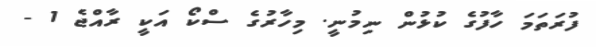
ފުރަތަމަ ހާފުގެ ކުޅުން ނިމުނީ. މިހާރުގެ ސްކޯ އަކީ ރާއްޖެ 1 -